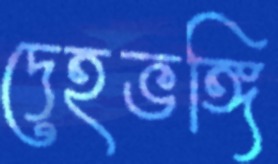
দেহভঙ্গি